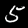
Label: 5